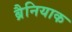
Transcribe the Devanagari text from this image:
ब्रैनियाक